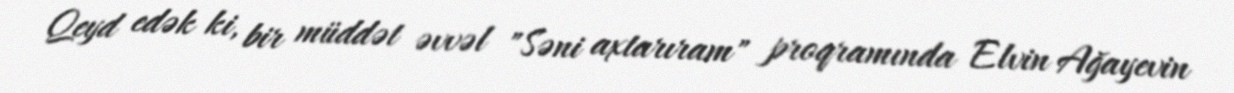
Qeyd edək ki, bir müddət əvvəl "Səni axtarıram" proqramında Elvin Ağayevin